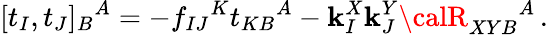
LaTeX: [t_{I},t_{J}]_{B}{}^{A}=-f_{IJ}{}^{K}t_{KB}{}^{A}-\mathbf{k}_{I}^{X}\mathbf{k}_{J}^{Y}{\calR}_{XYB}{}^{A}\, .